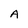
Character: A